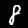
Label: 8